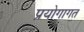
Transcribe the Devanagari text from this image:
प्रयोगागत